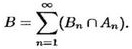
\[
B = \bigcap_{n = 1}^{\infty}(B_n\cap A_n).
\]